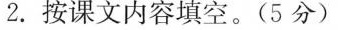
2.按课文内容填空。(5分)